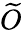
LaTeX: \widetilde O